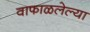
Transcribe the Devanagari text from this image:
वाफाळलेल्या